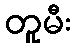
တူမီး